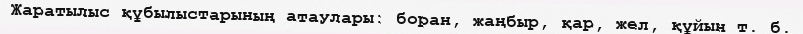
Жаратылыс құбылыстарының атаулары: боран, жаңбыр, қар, жел, құйын т. б.